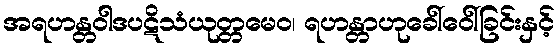
အရဟန္တဝါဒပဋိသံယုတ္တမေဝ၊ ရဟန္တာဟုခေါ်ဝေါ်ခြင်းနှင့်